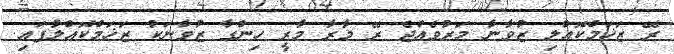
ރޭ ޒަޚަމްކޮއްލި ޒުވާނާ މަރުވެއްޖެ ރޭ މާރާ މާރީ ހިންގާ ޒުވާނަކު ޒަޚަމްކޮއްލާފައި.